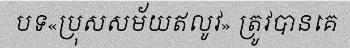
បទ«ប្រុសសម័យឥលូវ» ត្រូវបានគេ